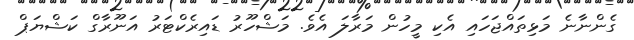
ގެންނާނެ މަޅިތައްޖަހައި އެކި މީހުން މަރާލަ އެވެ. މަޝްހޫރު ޑައިރެކްޓަރު އަނޫރާގް ކަޝްޔަޕް